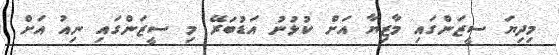
މިދިޔަ ސީޒަންގައި މާޒިޔާ އަށް ކުޅުނު އަޑުބަރޭ މި ސީޒަންގައި ނިއު އަށް